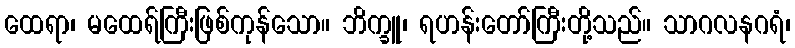
ထေရာ၊ မထေရ်ကြီးဖြစ်ကုန်သော။ ဘိက္ခူ၊ ရဟန်းတော်ကြီးတို့သည်။ သာဂလနဂရံ၊